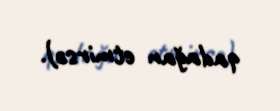
qadağan etmirsə).